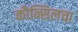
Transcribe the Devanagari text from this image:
कौन्सिलचा